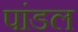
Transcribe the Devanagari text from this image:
पांडल